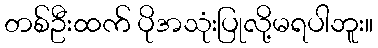
တစ်ဦးထက် ပိုအသုံးပြုလို့မရပါဘူး။